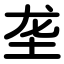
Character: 垄